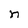
Character: n